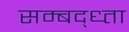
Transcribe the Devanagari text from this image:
सम्बद्ध्ता